Selter,_Karl, lk 31
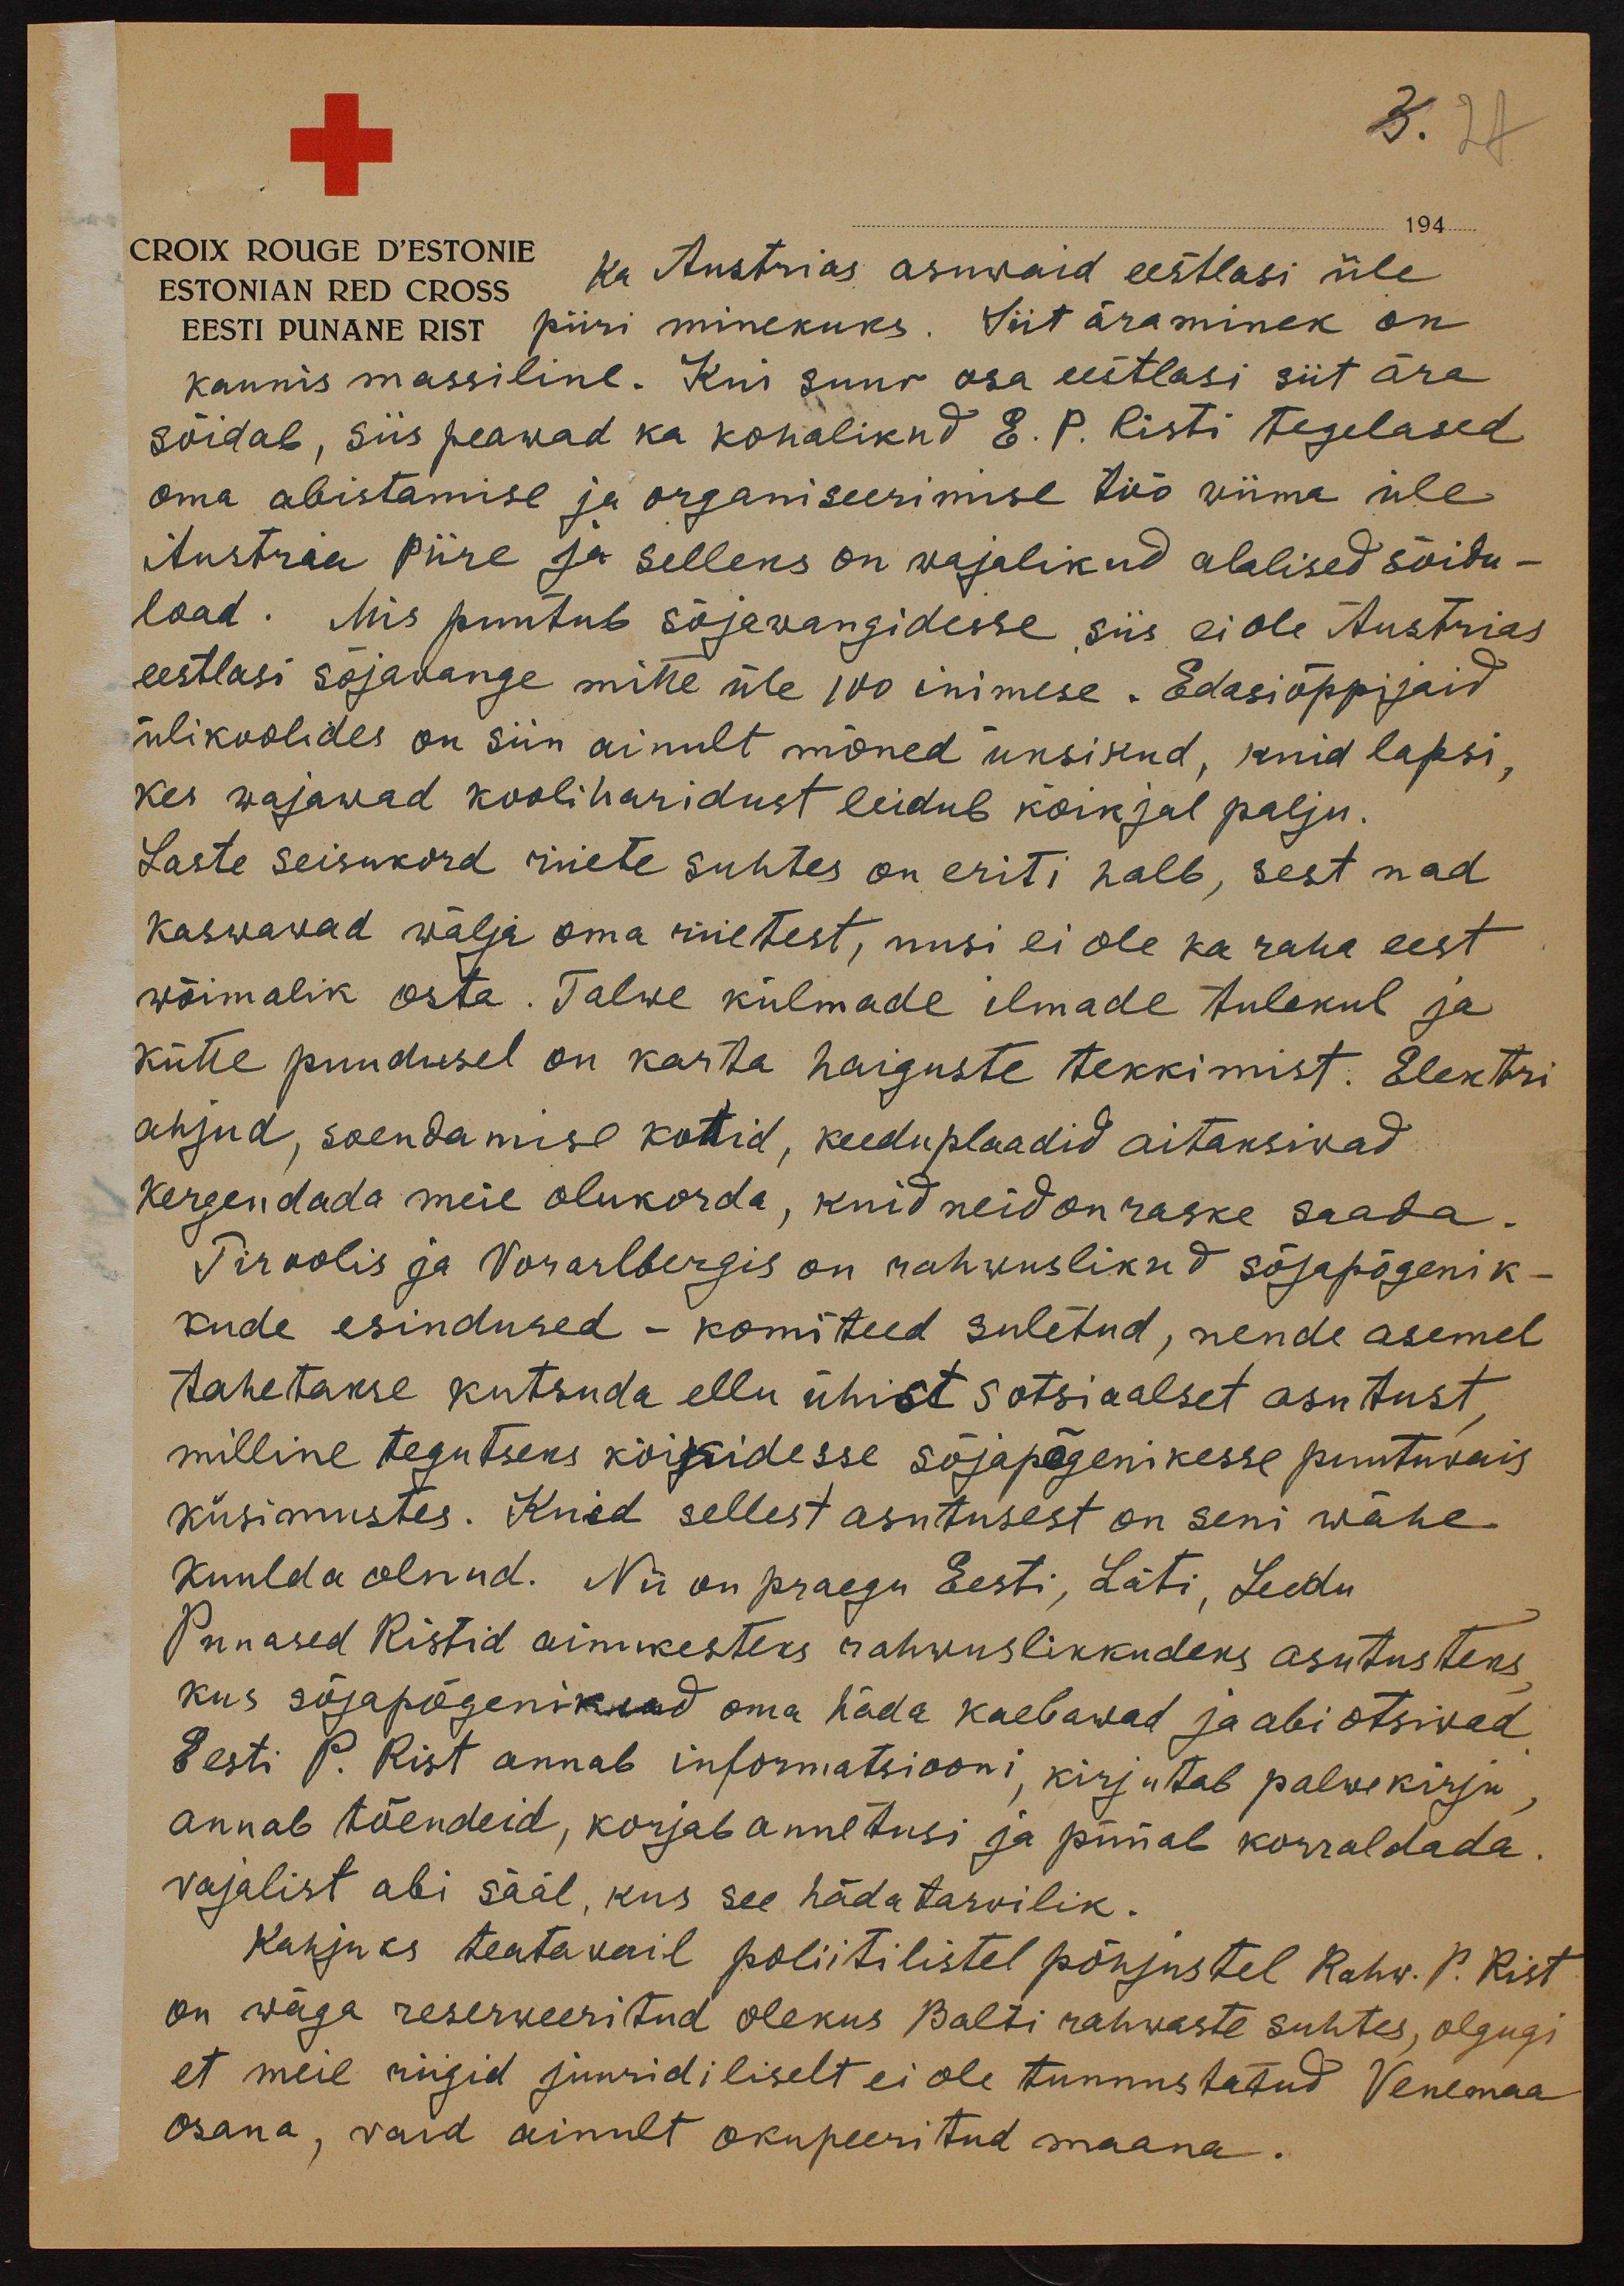
194
CROIX ROUGE D'ESTONIE
ka Austrias asuwaid eestlasi üle
ESTONIAN RED CROSS
piiri minekuks. Siit äraminek on
EESTI PUNANE RIST
kaunis massiline. Kui suur osa eestlasi siit ära
sõidab, siis peawad ka kohalikud E. P. Risti tegelased
oma abistamise ja organiseerimise töö wiima üle
Austria piire ja selleks on wajalikud alalised sõidu-
load. Mis puutub sõjawangidesse siis ei ole Austrias
eestlasi sõjawange mitte üle 100 inimese. Edasiõppijaid
ülikoolides on siin ainult mõned üksikud, kuid lapsi,
kes wajawad kooliharidust leidub kõikjal palju.
Laste seisukord riiete suhtes on eriti halb, sest nad
kaswawad wälja oma riietest, uusi ei ole ka raha eest
wõimalik osta. Talwe külmade ilmade tulekul ja
kütte puudusel on karta haiguste tekkimist. Elektri
ahjud, soendamise kottid, keeduplaadid aitaksiwad
kergendada meie olukorda, kuid neid on raske saada.
Tiroolis ja Vorarlbergis on rahwuslikud sõjapõgenik-
kude esindused – komiteed suletud, nende asemel
tahetakse kutsuda ellu ühist sotsiaalset asutust,
milline tegutseks kõikidesse sõjapõgenikesse puutuwais
küsimustes. Kuid sellest asutusest on seni wähe
kuulda olnud. Nii on praegu Eesti, Läti, Leedu
Punased Ristid ainukesteks rahwuslikkudeks asutusteks,
kus sõjapõgenikud oma häda kaebawad ja abi otsiwad.
Eesti P. Rist annab informatsiooni, kirjutab palwekirju,
annab tõendeid, korjab annetusi ja püüab korraldada.
wajalist abi sääl, kus see hädatarwilik.
Kahjuks teatawail poliitilistel põhjustel Rahw. P. Rist
on wäga reserweeritud olekus Balti rahwaste suhtes, olgugi
et meil riigid juurdiliselt ei ole tunnustatud Venemaa
osana, waid ainult okupeeritud maana.